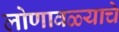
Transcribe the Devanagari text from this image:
लोणावळ्याचे